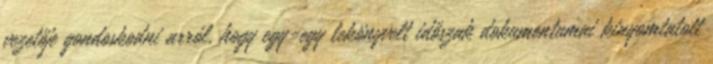
vezetője gondoskodni arról, hogy egy-egy lekönyvelt időszak dokumentumai kinyomtatott